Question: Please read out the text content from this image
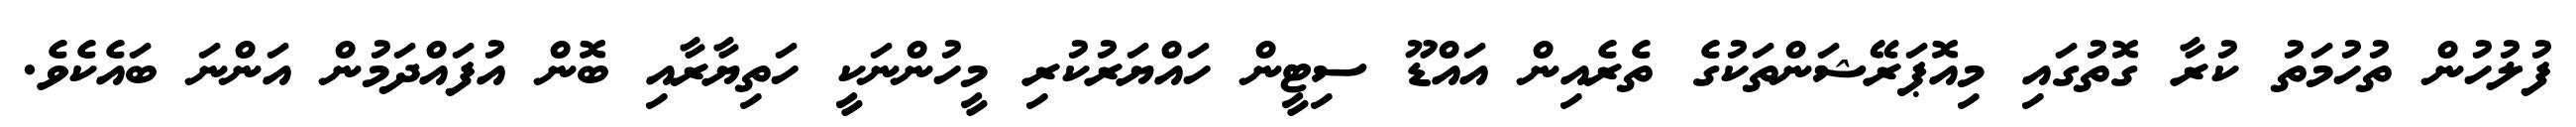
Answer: ފުލުހުން ތުހުމަތު ކުރާ ގޮތުގައި މިއޮޕަރޭޝަންތަކުގެ ތެރެއިން އައްޑޫ ސިޓީން ހައްޔަރުކުރި މީހުންނަކީ ހަތިޔާރާއި ބޮން އުފައްދަމުން އަންނަ ބައެކެވެ.